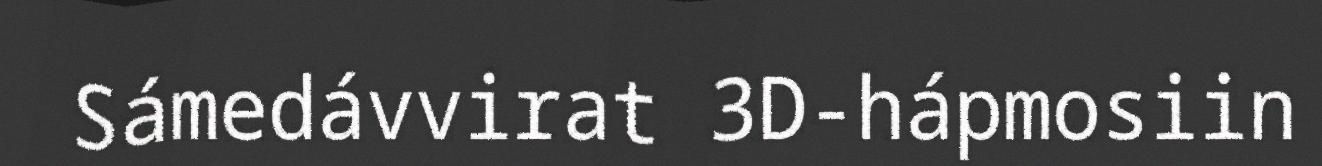
Sámedávvirat 3D-hápmosiin